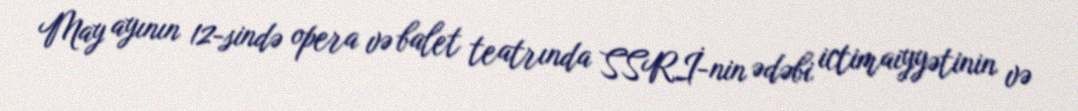
May ayının 12-sində opera və balet teatrında SSRİ-nin ədəbi ictimaiyyətinin və